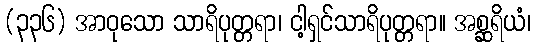
(၃၃၆) အာဝုသော သာရိပုတ္တရာ၊ ငါ့ရှင်သာရိပုတ္တရာ။ အစ္ဆရိယံ၊